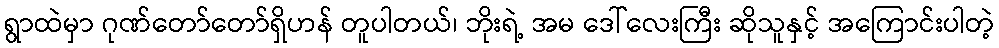
ရွာထဲမှာ ဂုဏ်တော်တော်ရှိဟန် တူပါတယ်၊ ဘိုးရဲ့ အမ ဒေါ်လေးကြီး ဆိုသူနှင့် အကြောင်းပါတဲ့